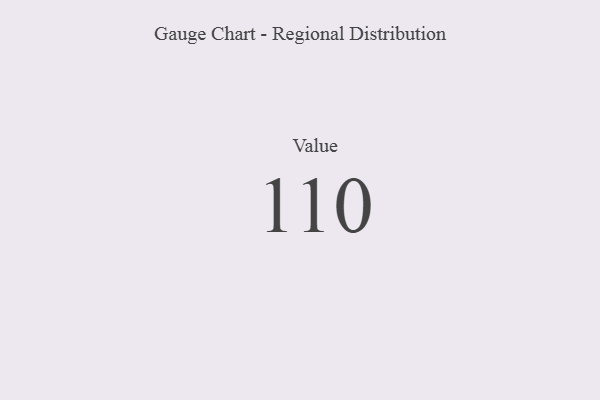
{"axis": {"x": "Metric", "y": "Value"}, "legend": [""], "data": [{"x": "Value", "y": 110, "type": ""}]}